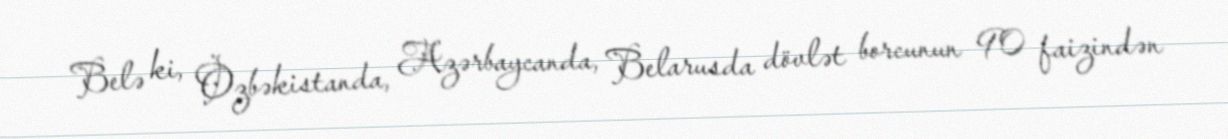
Belə ki, Özbəkistanda, Azərbaycanda, Belarusda dövlət borcunun 90 faizindən